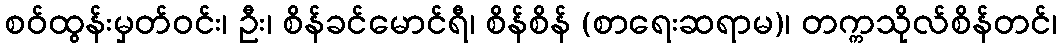
စဝ်ထွန်းမှတ်ဝင်း၊ ဦး၊ စိန်ခင်မောင်ရီ၊ စိန်စိန် (စာရေးဆရာမ)၊ တက္ကသိုလ်စိန်တင်၊